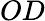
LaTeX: OD